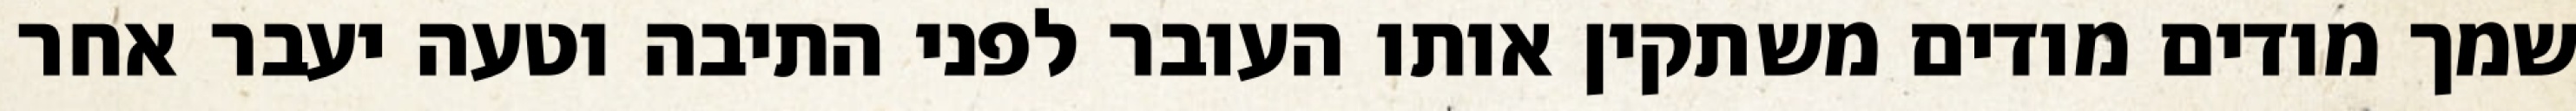
שמך מודים מודים משתקין אותו העובר לפני התיבה וטעה יעבר אחר